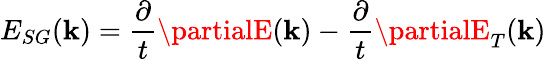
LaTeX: E_{SG}(\mathbf{k})=\frac{{\partial}}{{t}}{\partialE}(\mathbf{k})-\frac{{\partial}}{{t}}{\partialE}_{T}(\mathbf{k})